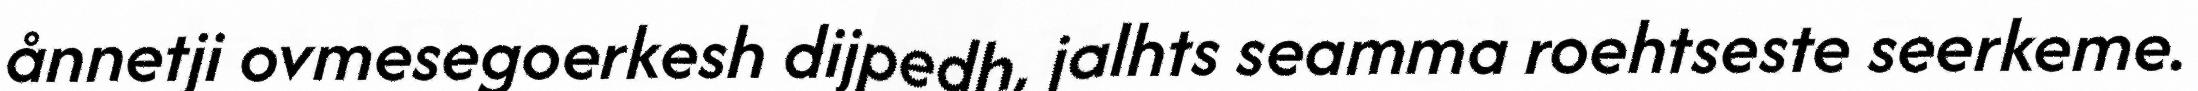
ånnetji ovmesegoerkesh dijpedh, jalhts seamma roehtseste seerkeme.